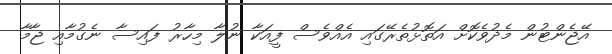
އޭޖެންޓުން މެދުވެކޮށް އަތޮޅުތެރޭގައި އެއްވެސް ފީއަކާ ނުލާ މިހާރު ފައިސާ ނެގުމާއި ޖާމާ